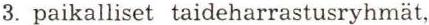
3. paikalliset taideharrastusryhmät,